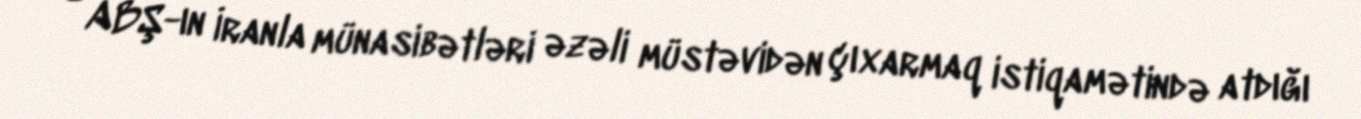
- ABŞ-ın İranla münasibətləri əzəli müstəvidən çıxarmaq istiqamətində atdığı